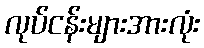
လုပ်ငန်းများအားလုံး